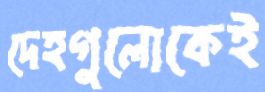
দেহগুলোকেই